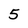
Character: 5